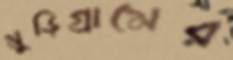
মুড়িগ্রামের